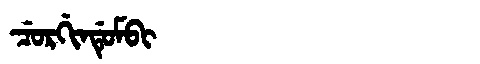
Manchu: ᠴᡠᡵᡤᡳᠨᡩᡠᠮᠪᡳ
Romanization: CURGINDUMBI